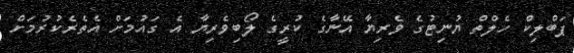
ޕަބްލިކް ހެލްތް ޔުނިޓުގެ ވެރިޔާ އޭނާގެ ކުރީގެ ލޯބިވެރިޔާ އެ ގައުމަށް އެތެރެކުރުމަށް